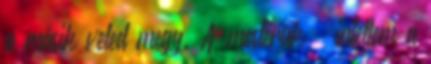
a másik veled megy. A mesterük – intettem a